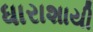
ધારાશાયી